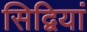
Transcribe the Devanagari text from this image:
सिद्वियां